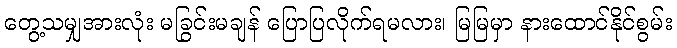
တွေ့သမျှအားလုံး မခြွင်းမချန် ပြောပြလိုက်ရမလား၊ မြမြမှာ နားထောင်နိုင်စွမ်း